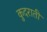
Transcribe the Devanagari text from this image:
कुदराती